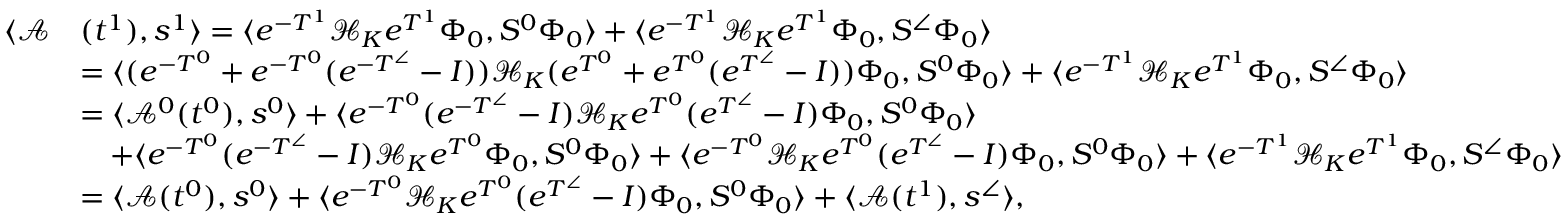
\begin{array} { r l } { \langle \mathcal { A } } & { ( t ^ { 1 } ) , s ^ { 1 } \rangle = \langle e ^ { - T ^ { 1 } } \mathcal { H } _ { K } e ^ { T ^ { 1 } } \Phi _ { 0 } , S ^ { 0 } \Phi _ { 0 } \rangle + \langle e ^ { - T ^ { 1 } } \mathcal { H } _ { K } e ^ { T ^ { 1 } } \Phi _ { 0 } , S ^ { \angle } \Phi _ { 0 } \rangle } \\ & { = \langle ( e ^ { - T ^ { 0 } } + e ^ { - T ^ { 0 } } ( e ^ { - T ^ { \angle } } - I ) ) \mathcal { H } _ { K } ( e ^ { T ^ { 0 } } + e ^ { T ^ { 0 } } ( e ^ { T ^ { \angle } } - I ) ) \Phi _ { 0 } , S ^ { 0 } \Phi _ { 0 } \rangle + \langle e ^ { - T ^ { 1 } } \mathcal { H } _ { K } e ^ { T ^ { 1 } } \Phi _ { 0 } , S ^ { \angle } \Phi _ { 0 } \rangle } \\ & { = \langle \mathcal { A } ^ { 0 } ( t ^ { 0 } ) , s ^ { 0 } \rangle + \langle e ^ { - T ^ { 0 } } ( e ^ { - T ^ { \angle } } - I ) \mathcal { H } _ { K } e ^ { T ^ { 0 } } ( e ^ { T ^ { \angle } } - I ) \Phi _ { 0 } , S ^ { 0 } \Phi _ { 0 } \rangle } \\ & { \quad + \langle e ^ { - T ^ { 0 } } ( e ^ { - T ^ { \angle } } - I ) \mathcal { H } _ { K } e ^ { T ^ { 0 } } \Phi _ { 0 } , S ^ { 0 } \Phi _ { 0 } \rangle + \langle e ^ { - T ^ { 0 } } \mathcal { H } _ { K } e ^ { T ^ { 0 } } ( e ^ { T ^ { \angle } } - I ) \Phi _ { 0 } , S ^ { 0 } \Phi _ { 0 } \rangle + \langle e ^ { - T ^ { 1 } } \mathcal { H } _ { K } e ^ { T ^ { 1 } } \Phi _ { 0 } , S ^ { \angle } \Phi _ { 0 } \rangle } \\ & { = \langle \mathcal { A } ( t ^ { 0 } ) , s ^ { 0 } \rangle + \langle e ^ { - T ^ { 0 } } \mathcal { H } _ { K } e ^ { T ^ { 0 } } ( e ^ { T ^ { \angle } } - I ) \Phi _ { 0 } , S ^ { 0 } \Phi _ { 0 } \rangle + \langle \mathcal { A } ( t ^ { 1 } ) , s ^ { \angle } \rangle , } \end{array}